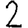
Digit: 2